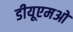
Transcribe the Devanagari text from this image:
डीयूएमओ